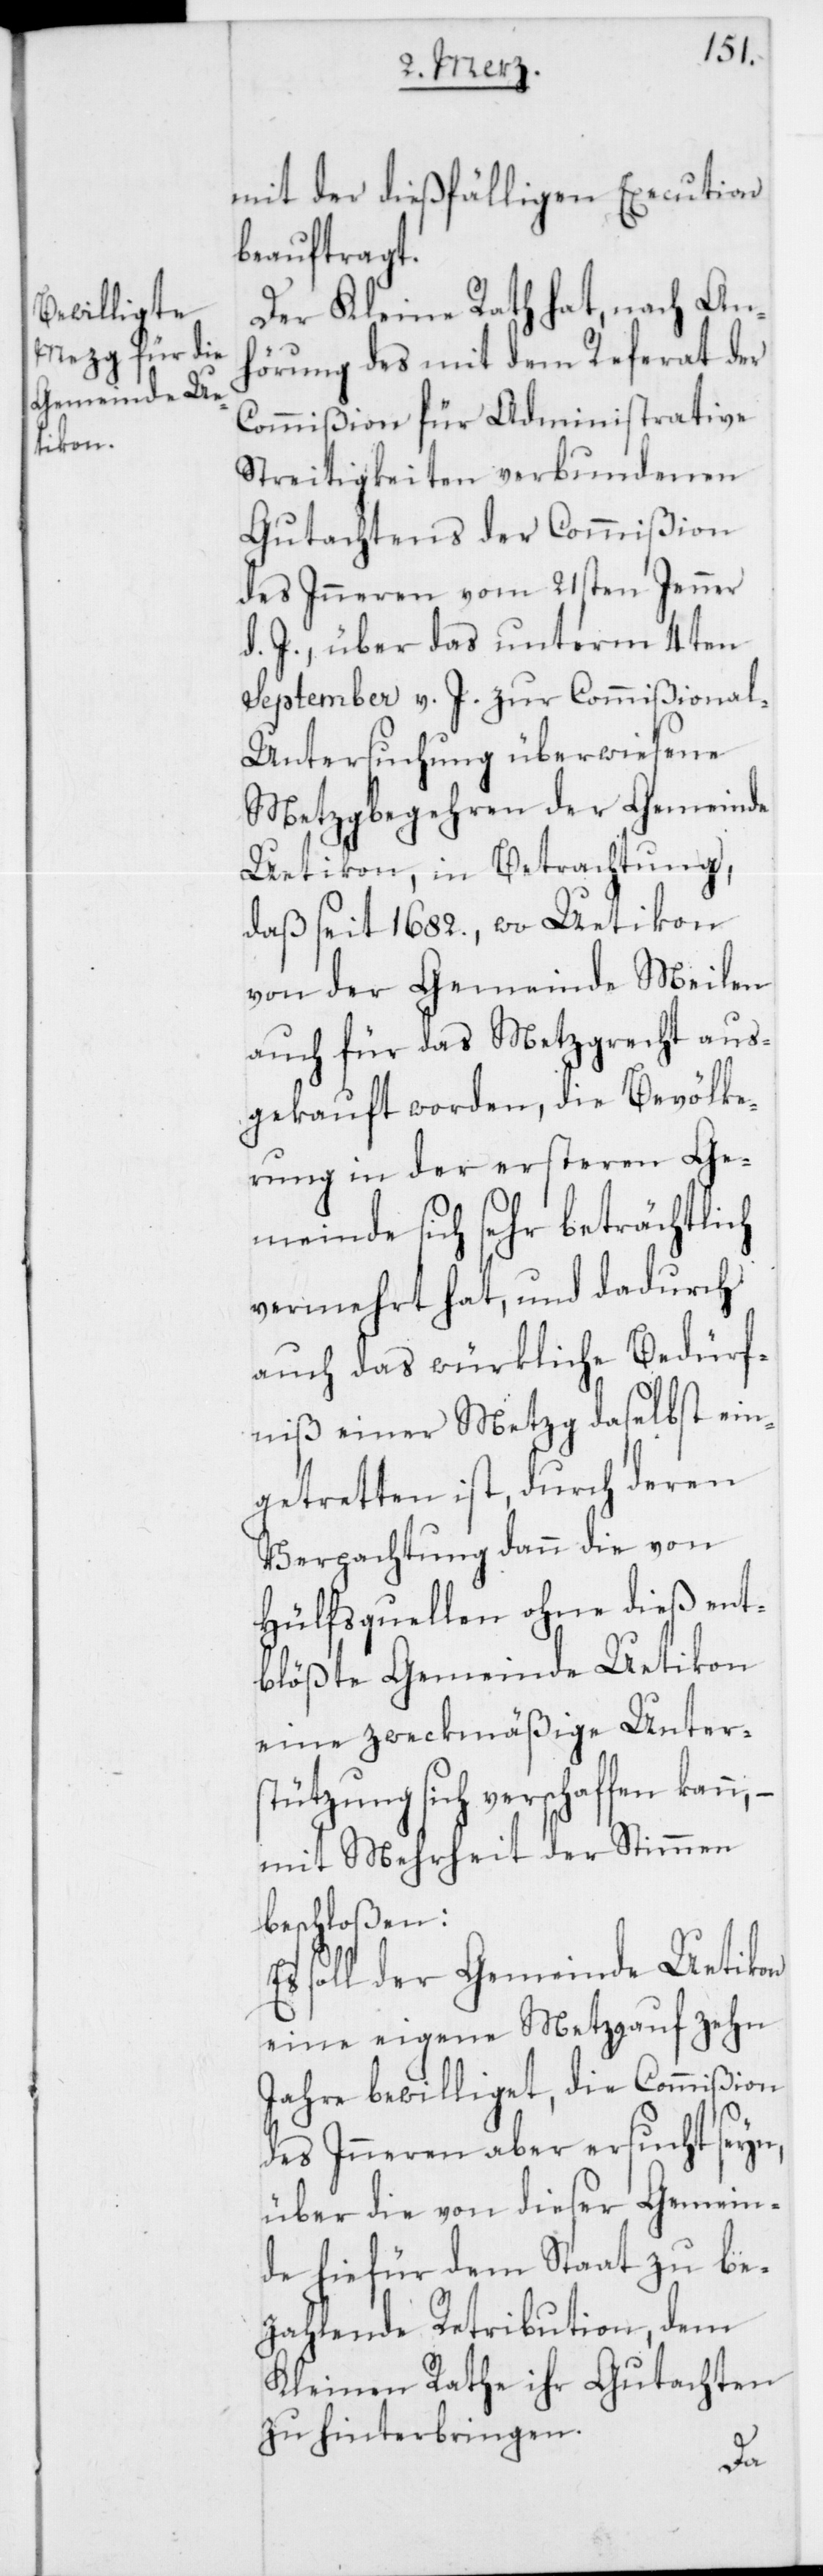
mit der dießfälligen Execution
beauftragt.
Der Kleine Rath hat, nach An¬
hörung des mit dem Referat der
Commißion für Administrative
Streitigkeiten verbundenen
Gutachtens der Commißion
des Inneren vom 21sten Jenner
d. J., über das unterm 4ten
September v. J. zur Commißional-U¬
ntersuchung überwiesene
Metzgbegehren der Gemeinde
Uetikon, in Betrachtung,
daß seit 1682., wo Uetikon
von der Gemeinde Meilen
auch für das Metzgrecht aus¬
gekauft worden, die Bevölke¬
rung in der ersteren Ge¬
meinde sich sehr beträchtlich
vermehrt hat, und dadurch
auch das würkliche Bedürf¬
niß einer Metzg daselbst ein¬
getretten ist, durch deren
Verpachtung dann die von
Hülfsquellen ohne dieß ent¬
blößte Gemeinde Uetikon
eine zweckmäßige Unter¬
stützung sich verschaffen kann,
mit Mehrheit der Stimmen
beschloßen:
soll der Gemeinde Uetikon
eine eigene Metzg auf zehn
Jahre bewilliget, die Commißion
des Inneren aber ersucht seyn,
über die von dieser Gemein¬
de hiefür dem Staat zu be¬
zahlende Retribution, dem
Kleinen Rathe ihr Gutachten
zu hinterbringen.